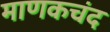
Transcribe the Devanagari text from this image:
माणकचंद